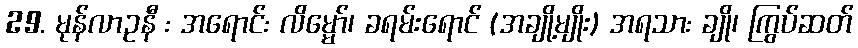
29. မုန်လာဥနီ : အရောင်: လိမ္မော်၊ ခရမ်းရောင် (အချို့မျိုး) အရသာ: ချို၊ ကြွပ်ဆတ်